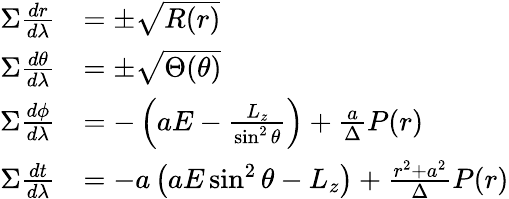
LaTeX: {\begin{array}{rl}{\Sigma{\frac{dr}{d\lambda}}}&{=\pm{\sqrt{R(r)}}}\\ {\Sigma{\frac{d\theta}{d\lambda}}}&{=\pm{\sqrt{\Theta(\theta)}}}\\ {\Sigma{\frac{d\phi}{d\lambda}}}&{=-\left(aE-{\frac{L_{z}}{\sin^{2}\theta}}\right)+{\frac{a}{\Delta}}P(r)}\\ {\Sigma{\frac{dt}{d\lambda}}}&{=-a\left(aE\sin^{2}\theta-L_{z}\right)+{\frac{r^{2}+a^{2}}{\Delta}}P(r)}\end{array}}